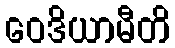
ဝေဒိယာမီတိ